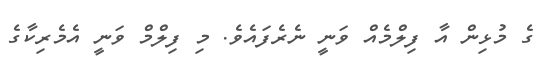
ގެ މުޅިން އާ ފިލްމެއް ވަނީ ނެރެފައެވެ. މި ފިލްމް ވަނީ އެމެރިކާގެ